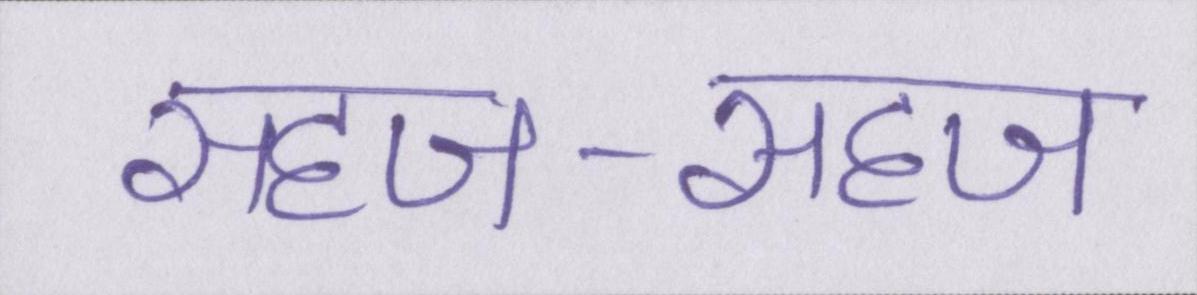
सहज-सहज